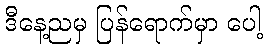
ဒီနေ့ညမှ ပြန်ရောက်မှာ ပေါ့